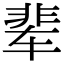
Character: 辈